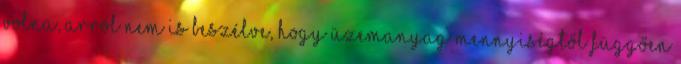
volna, arról nem is beszélve, hogy üzemanyag mennyiségtől függően